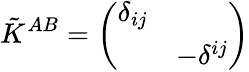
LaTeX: \tilde{K}^{AB}=\left(\begin{array}{ll}{{\delta_{ij}}}&{{}}\\ {{}}&{{-\delta^{ij}}}\end{array}\right)